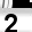
Digit: 2